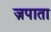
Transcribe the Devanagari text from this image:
ज़पाता